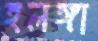
হলঙ্গা